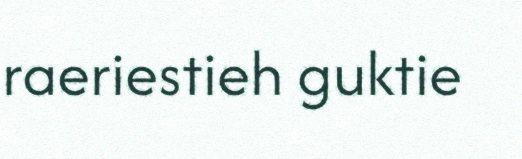
raeriestieh guktie